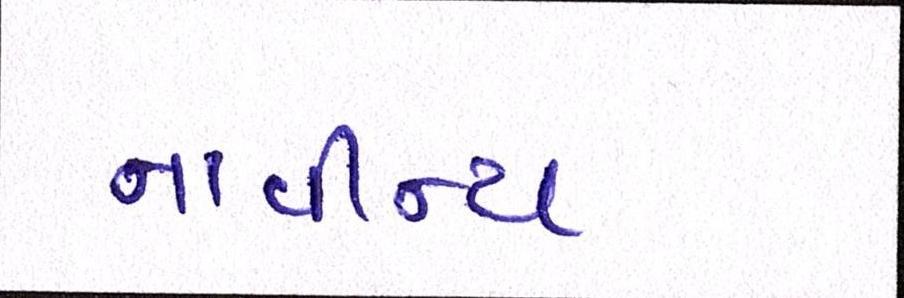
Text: નાવીન્ય